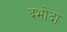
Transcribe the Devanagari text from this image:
दभोदा